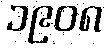
၁၉၀၈